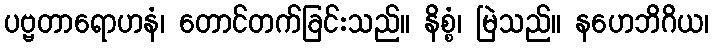
ပဗ္ဗတာရောဟနံ၊ တောင်တက်ခြင်းသည်။ နိစ္စံ၊ မြဲသည်။ နဟေဘိဂိယ၊